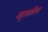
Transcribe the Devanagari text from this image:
बहुस्तरित्व